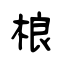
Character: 桹